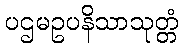
ပဌမဥပနိသာသုတ္တံ